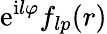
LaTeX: \mathrm{e}^{\mathrm{i}l\varphi}f_{lp}(r)